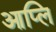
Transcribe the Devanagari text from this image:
आप्लि